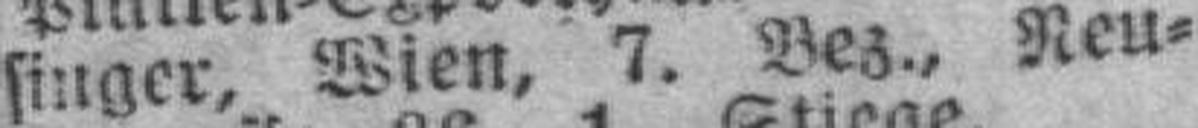
singer, Wien, 7. Bez., Neu¬